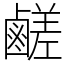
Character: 鹺